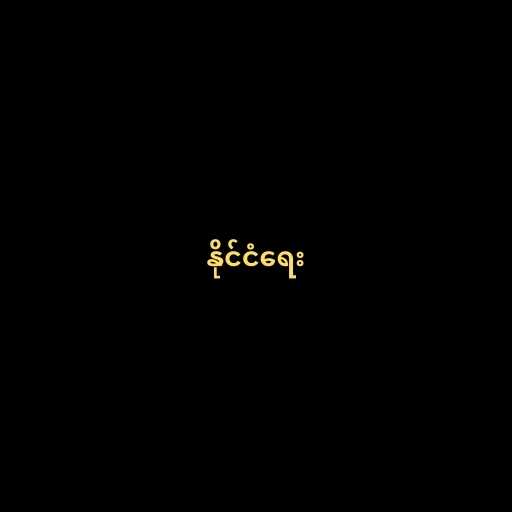
နိုင်ငံရေး